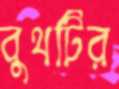
বুথটির